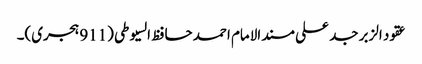
عقود الزبر جد علی مسند الامام احمد حافظ السیوطی (911 ہجری)۔